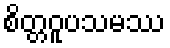
စိတ္တဝူပသမဿ